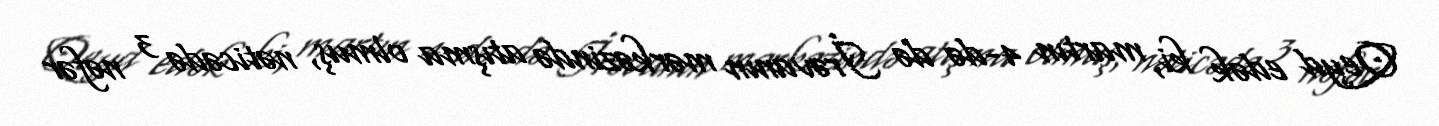
Qeyd edək ki, martın 4-də də İrəvanın mərkəzində atışma olmuş, nəticədə 3 nəfər